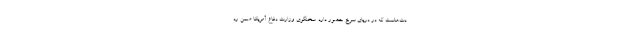
دت‌هاست که در دریای سرخ حضور دارد. سخنگوی وزارت دفاع آمریکا ضمن رد